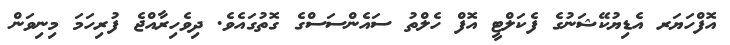
އޮފްހަޔަރ އެޑިޔުކޭޝަނުގެ ފެކަލްޓީ އޮފް ހެލްތު ސައެންސަސްގެ ގޮތުގައެވެ. ދިވެހިރާއްޖެ ފުރިހަމަ މިނިވަން